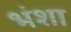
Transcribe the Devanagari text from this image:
भंशा